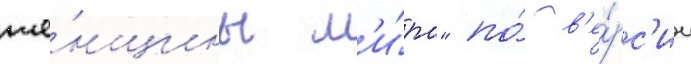
же́нщины м'и́ра" по́ в'е́рс'ии